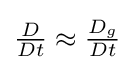
{\textstyle {\frac {D}{Dt}}\approx {\frac {D_{g}}{Dt}}}